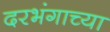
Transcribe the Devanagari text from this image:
दरभंगाच्या